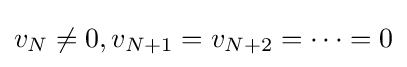
v_{N}\neq 0,v_{N+1}=v_{N+2}=\cdots =0